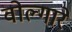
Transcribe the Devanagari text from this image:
वोल्गारे